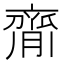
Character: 𦠃